Materia medica of Madras volume I
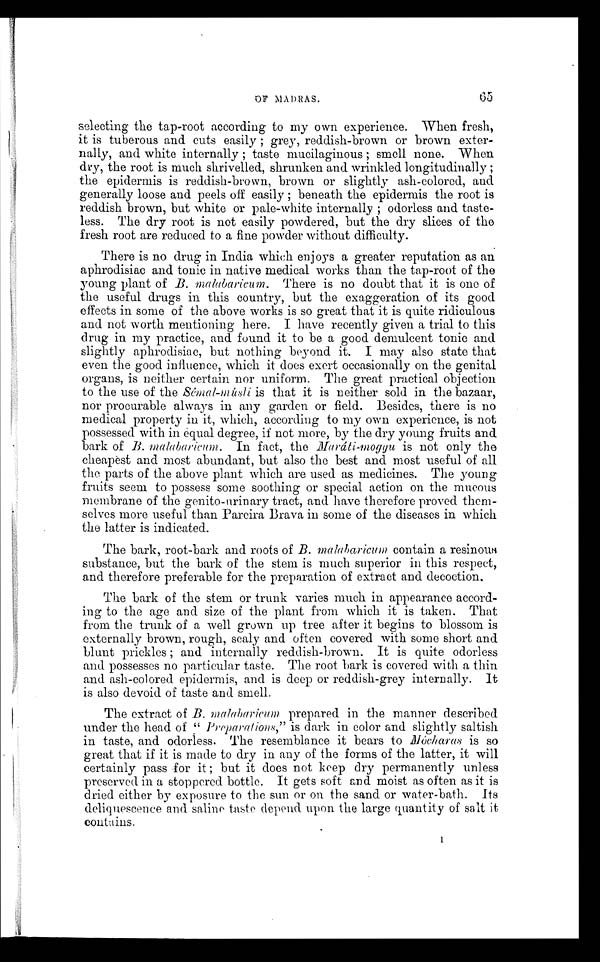
OF MADRAS.
6 5
selecting the tap-root according to my own experience. When fresh,
it is tuberous and cuts easily; grey, reddish-brown or brown exter-
nally, and. white internally; taste mucilaginous; smell none. When
dry, the root is much shrivelled, shrunken and wrinkled longitudinally;
the epidermis is reddish-brown, brown or slightly ash-colored, and
generally loose and peels off easíly; beneath the epidermis the root is
reddish brown, but white or pale-white internally; odorless and taste-
less. The dry root is not easily powdered, but the dry slices of the
fresh root are reduced to a fine powder without difficulty.
There is no drug in India which enjoys a greater reputation as an
aphrodisiac and tonic in native medical works than the tap-root of the
young plant of B. malabaricum. There is no doubt that it is one of
the useful drugs in this country, but the exaggeration of its good
effects in some of the above works is so great that it is quite ridiculous
and not worth mentioning here. I have recently given a trial to this
drug in my practice, and found it to be a good demulcent tonic and
slightly aphrodisiac, but nothing beyond it. I may also state that
even the good influence, which it does exert occasionally on the genital
organs, is neither certain nor uniform. The great practical objection
to the use of the Sémal-músli is that it is neither sold in the bazaar,
nor procurable always in any garden or field. Besides, there is no
medical property in it, which, according to my own experience, is not
possessed with in equal degree, if not more, by the dry young fruits and
bark of B. malabaricum. In fact, the Maráti-moggu is not only the
cheapest and most abundant, but also the best and most useful of all
the parts of the above plant which are used as medicines. The young
fruits seem to possess some soothing or special action on the mucous
membrane of the genito-urinary tract, and have therefore proved them-
selves more useful than Parcira Brava in some of the diseases in which
the latter is indicated..
The bark, root-bark and roots of B. malabaricum contain a resinous
substance, but the bark of the stem is much superior in this respect,
and therefore preferable for the preparation of extract and decoction,
The bark of the stem or trunk varies much in appearance accord-
ing to the age and size of the plant from which it is taken. That
from the trunk of a well grown up tree after it begins to blossom is
externally brown, rough, scaly and often covered with some short and
blunt prickles; and internally reddish-brown. It is quite odorless
and possesses no particular taste. The root bark is covered with a thin
and ash-colored epidermis, and is deep or reddish-grey internally. It
is also devoid of taste and smell.
The extract of B. malabaricum prepared in the manner described
under the head of " Preparations," is dark in color and slightly saltish
in taste, and odorless. The resemblance it bears to Mócharas is so
great that if it is made to dry in any of the forms of the latter, it will
certainly pass for it; but it does not keep dry permanently unless
preserved in a stoppered bottle. It gets soft and moist as often as it is
dried either by exposure to the sun or on the sand or water-bath. Its
deliquescence and saline taste depend. upon the large quantity of salt it,
contains.
1